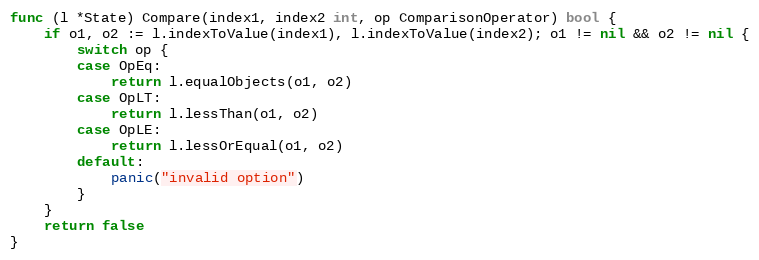
Language: Go
func (l *State) Compare(index1, index2 int, op ComparisonOperator) bool {
	if o1, o2 := l.indexToValue(index1), l.indexToValue(index2); o1 != nil && o2 != nil {
		switch op {
		case OpEq:
			return l.equalObjects(o1, o2)
		case OpLT:
			return l.lessThan(o1, o2)
		case OpLE:
			return l.lessOrEqual(o1, o2)
		default:
			panic("invalid option")
		}
	}
	return false
}